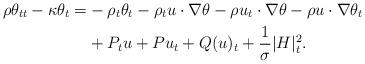
LaTeX: \begin{align*}\rho \theta_{tt}-\kappa \theta_t=&-\rho_t\theta_t -\rho_t u\cdot\nabla \theta-\rho u_t\cdot\nabla \theta-\rho u\cdot\nabla \theta_t\\&+ P_tu+Pu_t +Q(u)_t+\frac{1}{\sigma}|H|^2_t.\end{align*}